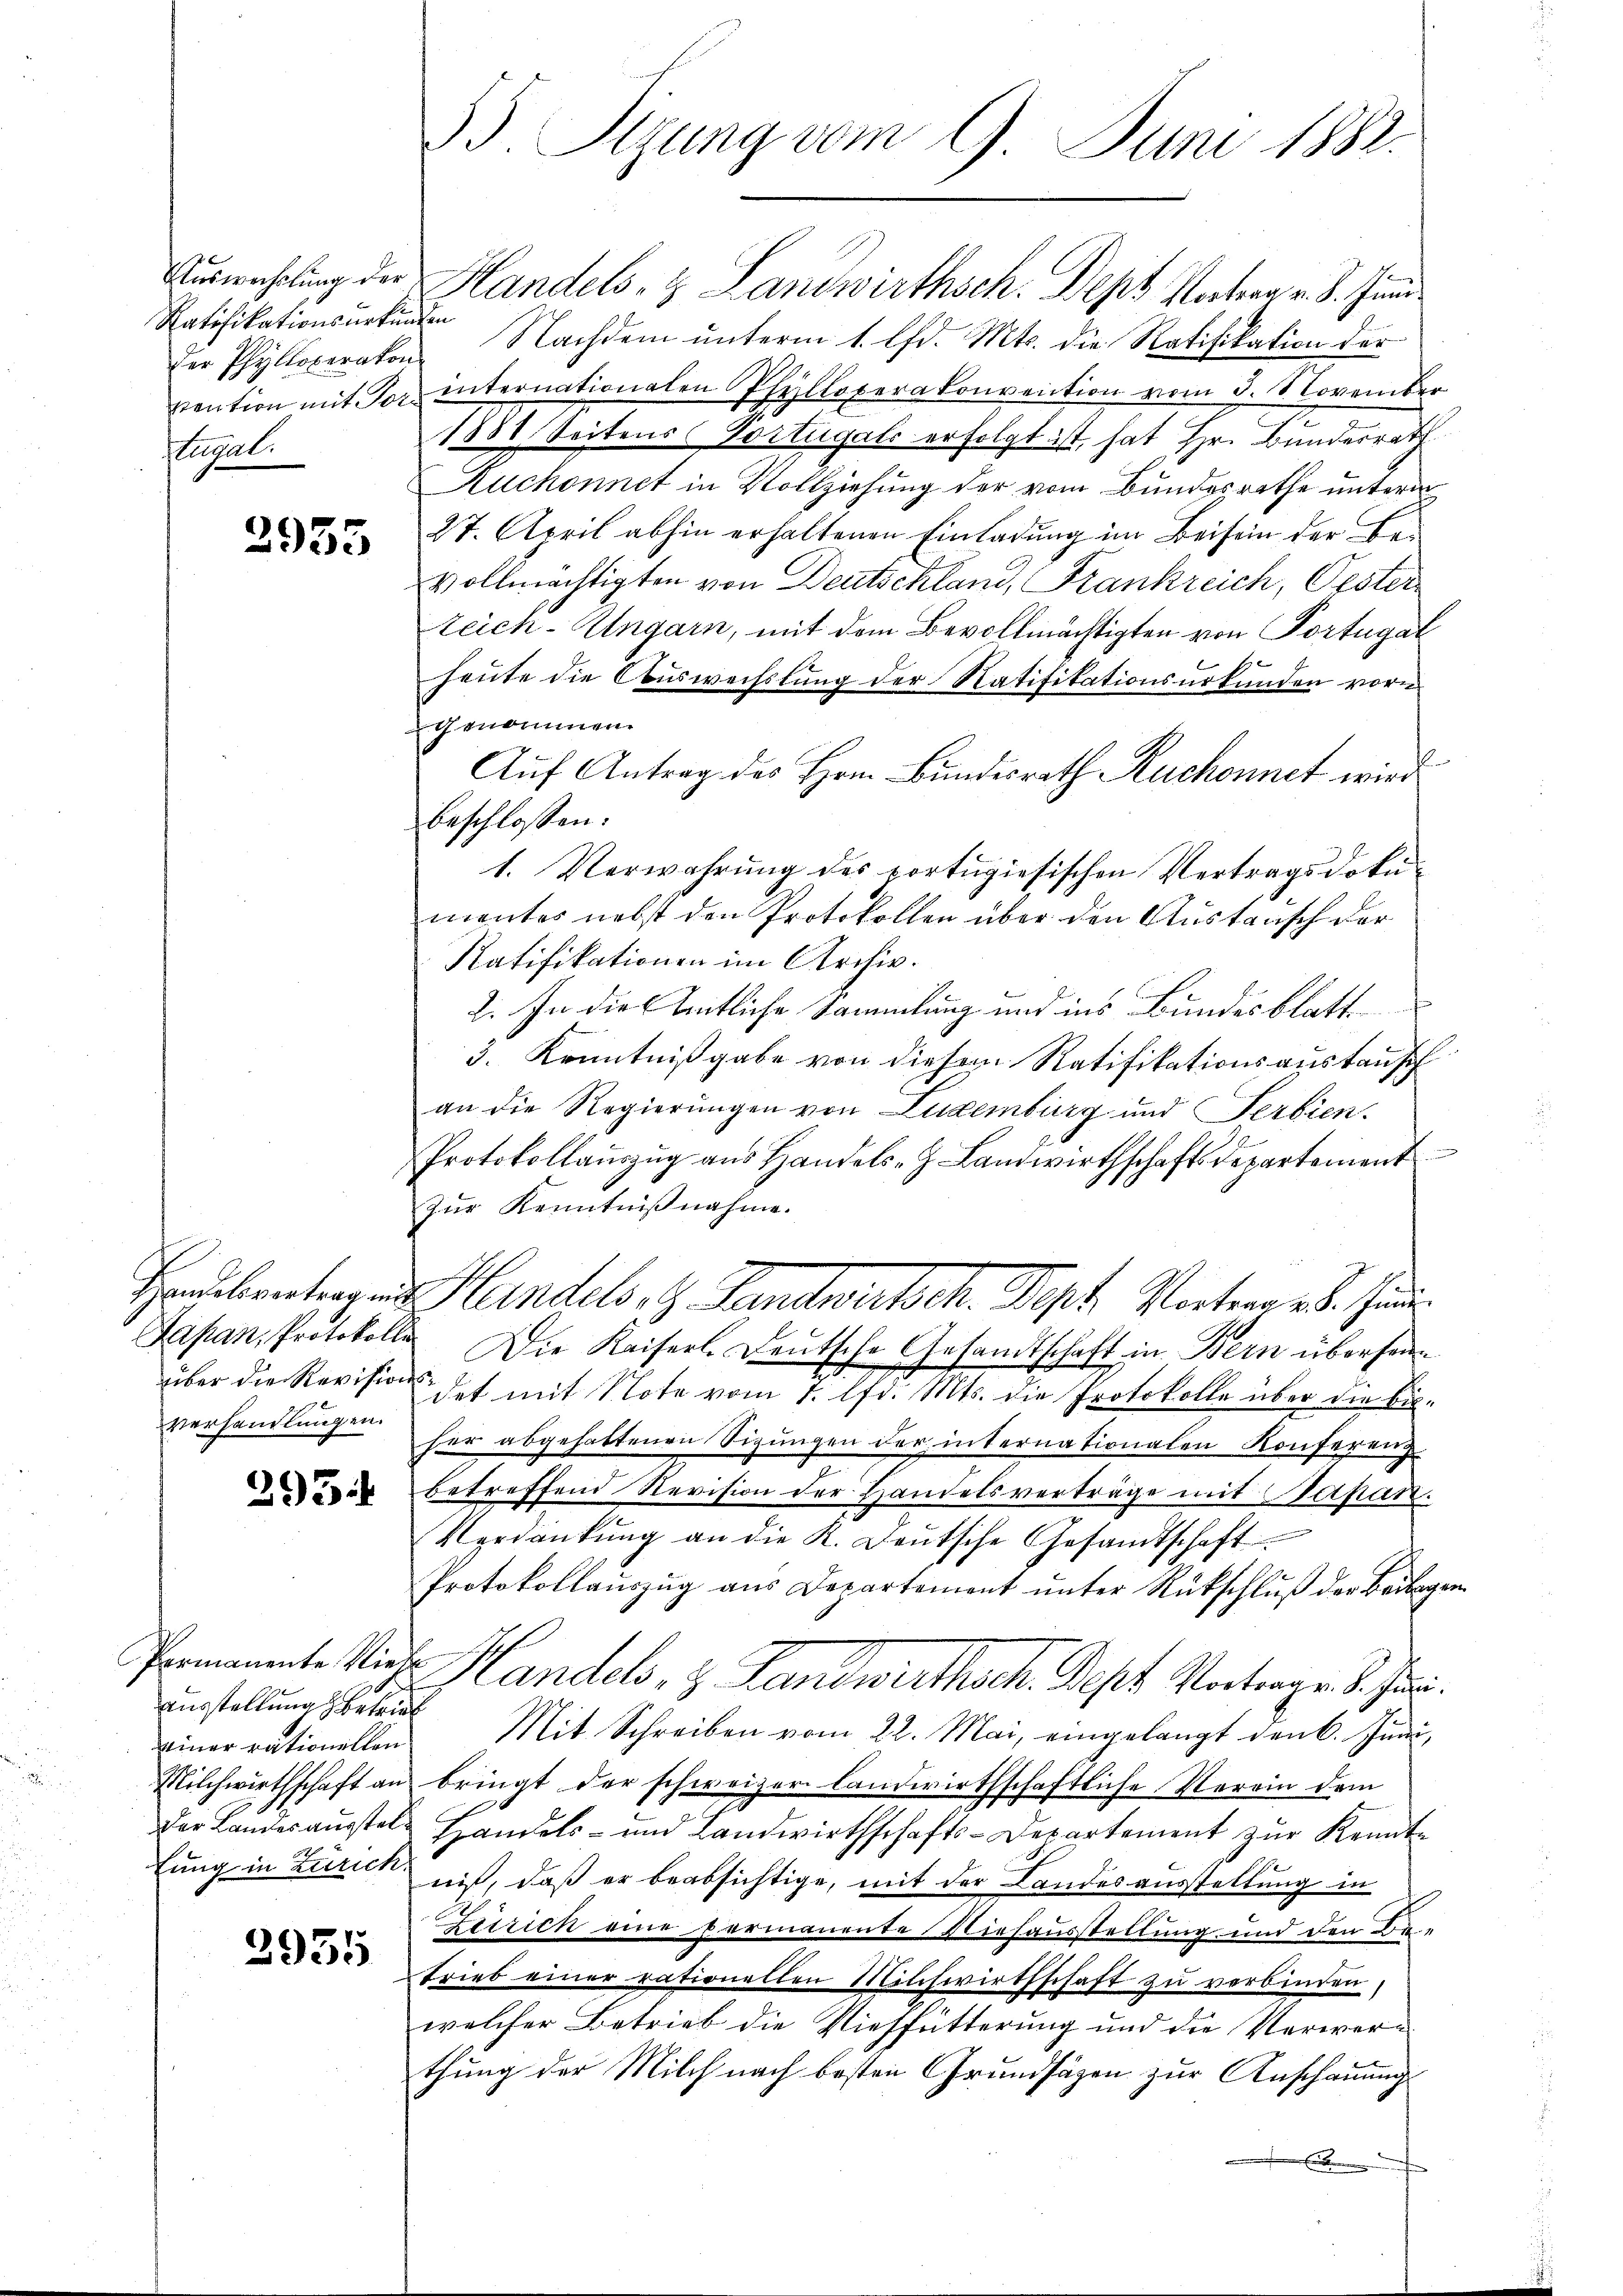
Auswechslung der
Ratifikationsurkunden
Hugal.

2955

Verhandlungen.

395.

Ausstellung betrie
einer rationellen

2935

33. Sizung vom 9. Juni 1882.

Handels, 3 Landwirthsch. Deps Vatern v. 8. Jun
der Phyltoperakon Nachdem unterm 1. lfd. Mts. die Ratifikation der
srention mit Tor internationalen Pfelloperakonvention vom 3. November
1881 Seitens Portugals erfolgt ist, hat Hr. Bundesrath
Ruchonnet in Vollziehung der vom Bundesrathe unterm
27. April abhin erhaltenen Einladung im Beisein der Be-
vollmächtigten von Deutschland, Frankreich, Oester
teich-Ungarn, mit dem Bevollmächtigten von Portugal
heute die Auswechslung der Ratifikationsurkunden vorn
genommen.
Auf Antrag des Hrn. Bundesrath Ruchonnet wird
beschlossen:
1. Verwahrung des portugiesischen Vertragsdokumentes nebst den Protokollen über den Austausch der
Ratifikationen im Archiv.
2. In die Amtliche Sammlung und ins Bundesblatt
3. Kenntnißgabe von diesem Ratifikationsaustausch
an die Regierungen von Luxenburg und Serbien.
Protokollaŭszŭg aŭs Handels- J. Landwirthschaftsdepartement
Zur Kenntnißnahme.
Hraubentragen Handels, 9. Landwertsch. Sept. Wortern 28. Juni
Japan, Protokoll. Die Kaiserl. Deutsche Gesandtschaft in Bern übersenüber die Revisions et mit Note vom 1. lfd. Mts. die Protokolle über die bisher abgehabtenen Sigŭngen der internationalen Konferenz
betreffend Revision der Handelsverträge mit Sapan.
Verdankŭng an die K. Deutsche Gesandtschaft
Protokollauszug aus Departement unter Rückschluß der Beilagen
Pernannte Wieder Handels- & Landwirthsch. Sept Vortrage. S. Juni.
Mit Schreiben vom 22. Mai, eingelangt denk. Jun¬
Milchwirthschaft an bringt der schweizer landwirthschaftliche Verrin dem
der Landesausstel- Handels- und Landwirthschafts-Departement zur Kenntn
fung in Zürich nit, daß er beabsichtige, mit der Landesausstellung in
Zeirich eine permanente Niehausstellung und den Be-
Trieb einer rationellen Milchwirthschaft zu verbinden,
welcher Betrieb die Viehfütterung und die Verwerthung der Milch nach besten Grundsätzen zur Anschauung

.